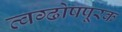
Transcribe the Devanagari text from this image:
त्वग्ढोषपूरक